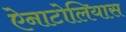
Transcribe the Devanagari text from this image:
ऐनाटोलियास